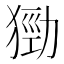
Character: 𤠃